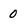
Character: 0